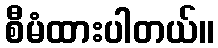
စီမံထားပါတယ်။